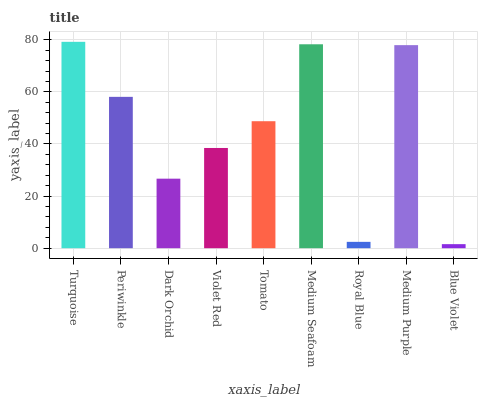
| xaxis_label | bars |
 | --- | --- |
 | Turquoise | 79.2 |
 | Periwinkle | 58.1 |
 | Dark Orchid | 26.7 |
 | Violet Red | 38.5 |
 | Tomato | 48.7 |
 | Medium Seafoam | 78.3 |
 | Royal Blue | 2.44 |
 | Medium Purple | 77.9 |
 | Blue Violet | 1.56 |